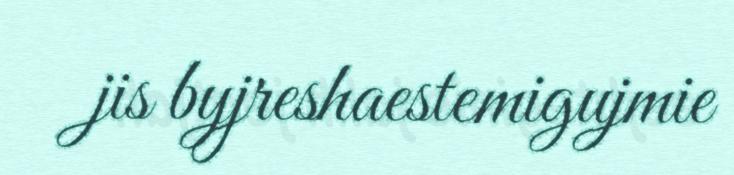
jis byjreshaestemigujmie